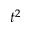
t ^ { 2 }